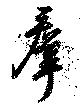
群